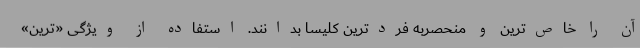
آن را خاص‌ترین و منحصربه فردترین کلیسا بدانند. استفاده از ویژگی «ترین»